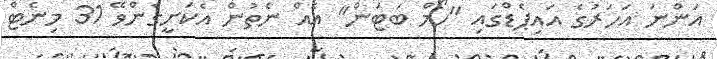
އަންނަ އަހަރުގެ އައިޕެޑްގައި "ހޯމް ބަޓަން" އެއް ނެތުން އެކަށީގެންވޭ 31 މިނެޓް